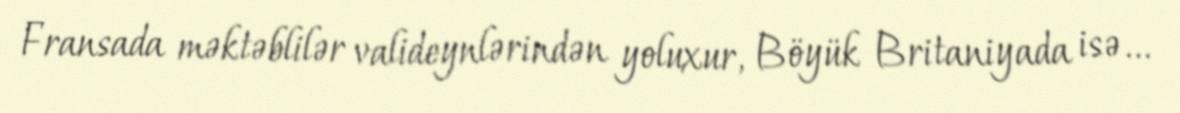
Fransada məktəblilər valideynlərindən yoluxur, Böyük Britaniyada isə...